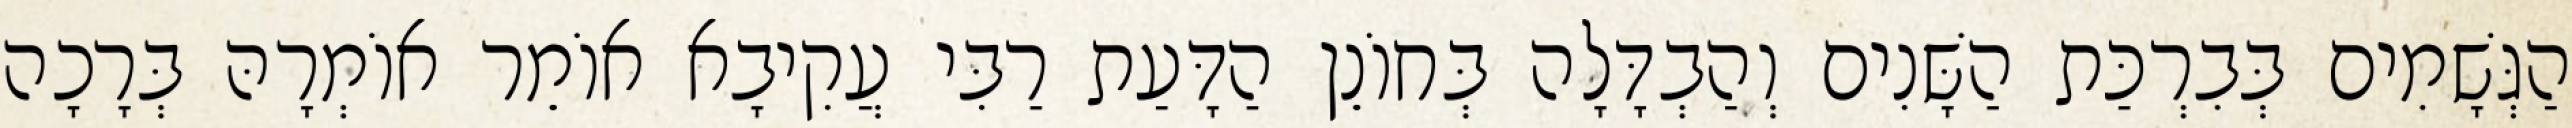
הַגְּשָׁמִים בְּבִרְכַּת הַשָּׁנִים וְהַבְדָּלָה בְּחוֹנֵן הַדָּעַת רַבִּי עֲקִיבָא אוֹמֵר אוֹמְרָהּ בְּרָכָה